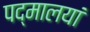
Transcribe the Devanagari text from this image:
पद्मालयां